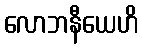
လောဘနီယေဟိ